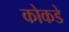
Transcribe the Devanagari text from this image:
कोकडे